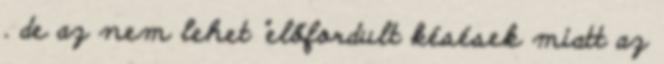
. de az nem lehet "előfordult késések miatt az